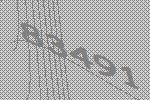
83491